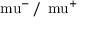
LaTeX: \mathrm { \ m u } ^ { - } \, / \, \mathrm { \ m u } ^ { + }